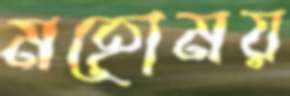
মহোময়